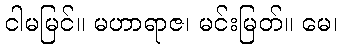
ငါမမြင်။ မဟာရာဇ၊ မင်းမြတ်။ မေ၊